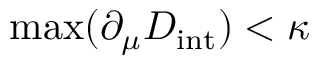
\operatorname* { m a x } ( \partial _ { \mu } D _ { \mathrm { i n t } } ) < \kappa